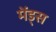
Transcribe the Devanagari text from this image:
मेंड्स